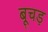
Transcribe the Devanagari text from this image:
बूचड़